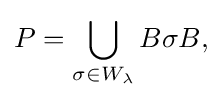
\displaystyle {P=\bigcup _{\sigma \in W_{\lambda }}B\sigma B,}